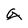
Character: g